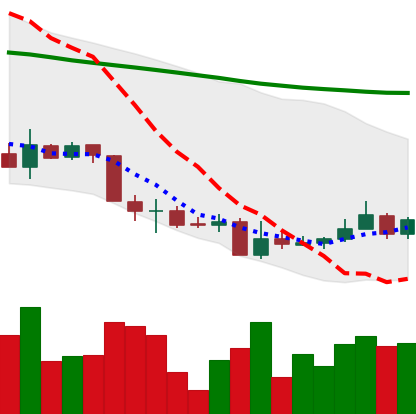
Ticker: XMR-USD
Chart end date: 2018-06-05
Forward return: -16.557%
Label: down_7plus